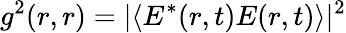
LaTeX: g^{2}(r,r)=|\langle E^{*}(r,t)E(r,t)\rangle|^{2}